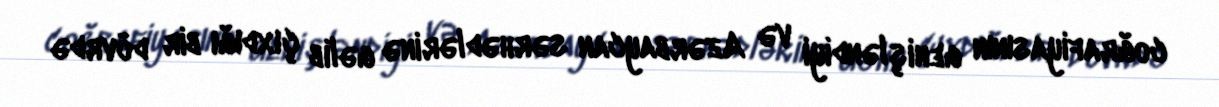
coğrafiyasının genişləndiyi və Azərbaycan sərhədlərinə gəlib çıxdığı bir dövrdə